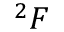
^ { 2 } F